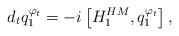
LaTeX: \begin{align*}d_t q^{\varphi_t}_1 &= - i \left[ H_1^{HM}, q_1^{\varphi_t} \right],\end{align*}